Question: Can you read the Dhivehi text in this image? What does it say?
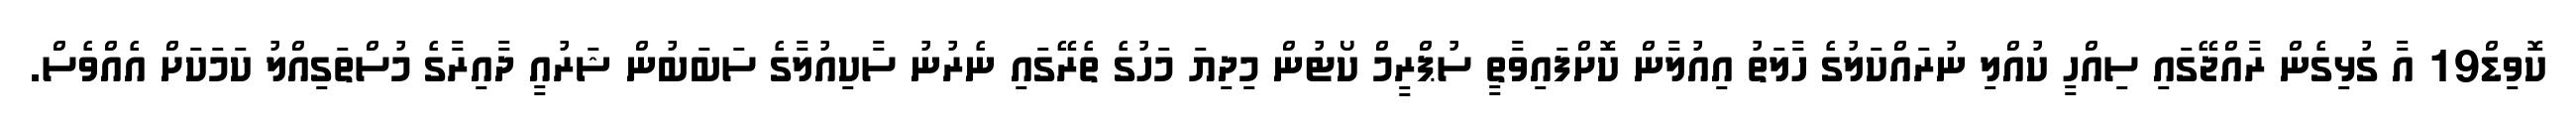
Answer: ކޮވިޑް19 އާ ގުޅިގެން ރާއްޖޭގައި ސިއްހީ ކުއްލި ނުރައްކަލުގެ ހާލަތު އިއުލާން ކޮށްފައިވާތީ ސުޕްރީމް ކޯޓުން މިދިޔަ މަހުގެ ތެރޭގައި ނެރުނު ސާކިއުލާގެ ސަބަބުން ޝަރުއީ ދާއިރާގެ މުސްތަގިއްލު ކަމަކަށް އެއްވެސް.